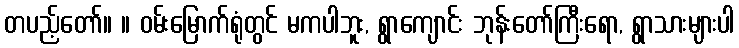
တပည့်တော်။ ။ ဝမ်းမြောက်ရုံတွင် မကပါဘူး, ရွာကျောင်း ဘုန်းတော်ကြီးရော, ရွာသားများပါ